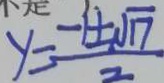
y = \frac { - 1 \pm \sqrt { 1 7 } } { 2 }